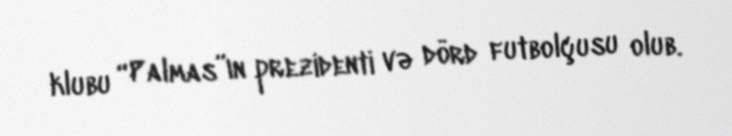
klubu “Palmas”ın prezidenti və dörd futbolçusu olub.